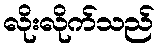
လိုးလိုက်သည်